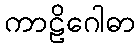
ကာဠိဂေါဓာ